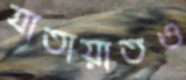
যাতায়াতও